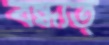
বন্ধ্যত্